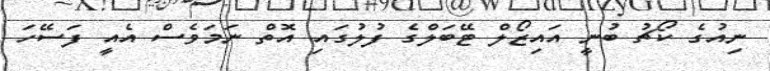
ނިއުގެ ކޯޗު ބުނީ އައިޒޯލް ޓޭބަލްގެ ފުލުގައި އޮތް ނަމަވެސް އެއީ ފަސޭހަ